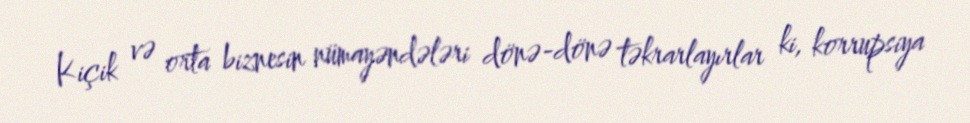
Kiçik və orta biznesin nümayəndələri dönə-dönə təkrarlayırlar ki, korrupsiya